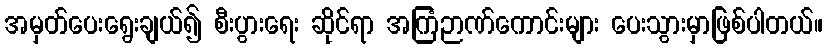
အမှတ်ပေးရွေးချယ်၍ စီးပွားရေး ဆိုင်ရာ အကြံဉာဏ်ကောင်းများ ပေးသွားမှာဖြစ်ပါတယ်။